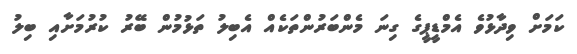
ކަމަށް ވިދާޅުވެ އެމްޑީޕީގެ ގިނަ މެންބަރުންތަކެއް އެބިލު ތަޅުމުން ބޭރު ކުރުމަށާއި ބިލު